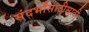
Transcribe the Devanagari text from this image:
संदर्भांसाठीसाठी